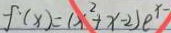
f ( x ) = ( x ^ { 2 } + x - 2 ) e ^ { x - }